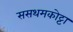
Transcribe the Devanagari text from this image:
ससथमकोट्टा